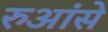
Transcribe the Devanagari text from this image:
रुआंसे